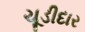
ચૂડીદાર